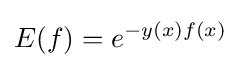
E(f)=e^{-y(x)f(x)}